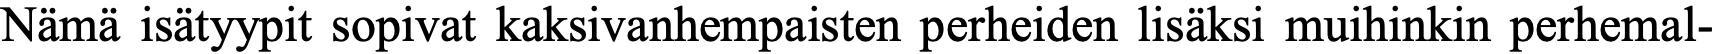
Nämä isätyypit sopivat kaksivanhempaisten perheiden lisäksi muihinkin perhemal-